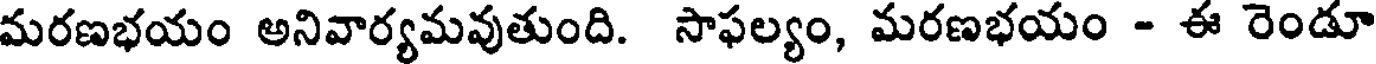
మరణభయం అనివార్యమవుతుంది. సాఫల్యం, మరణభయం - ఈ రెండూ